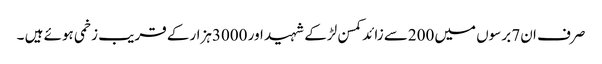
صرف ان7 برسوں میں200سے زائد کمسن لڑکے شہید اور 3000ہزارکے قریب زخمی ہوئے ہیں ۔